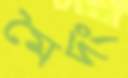
মৈদং